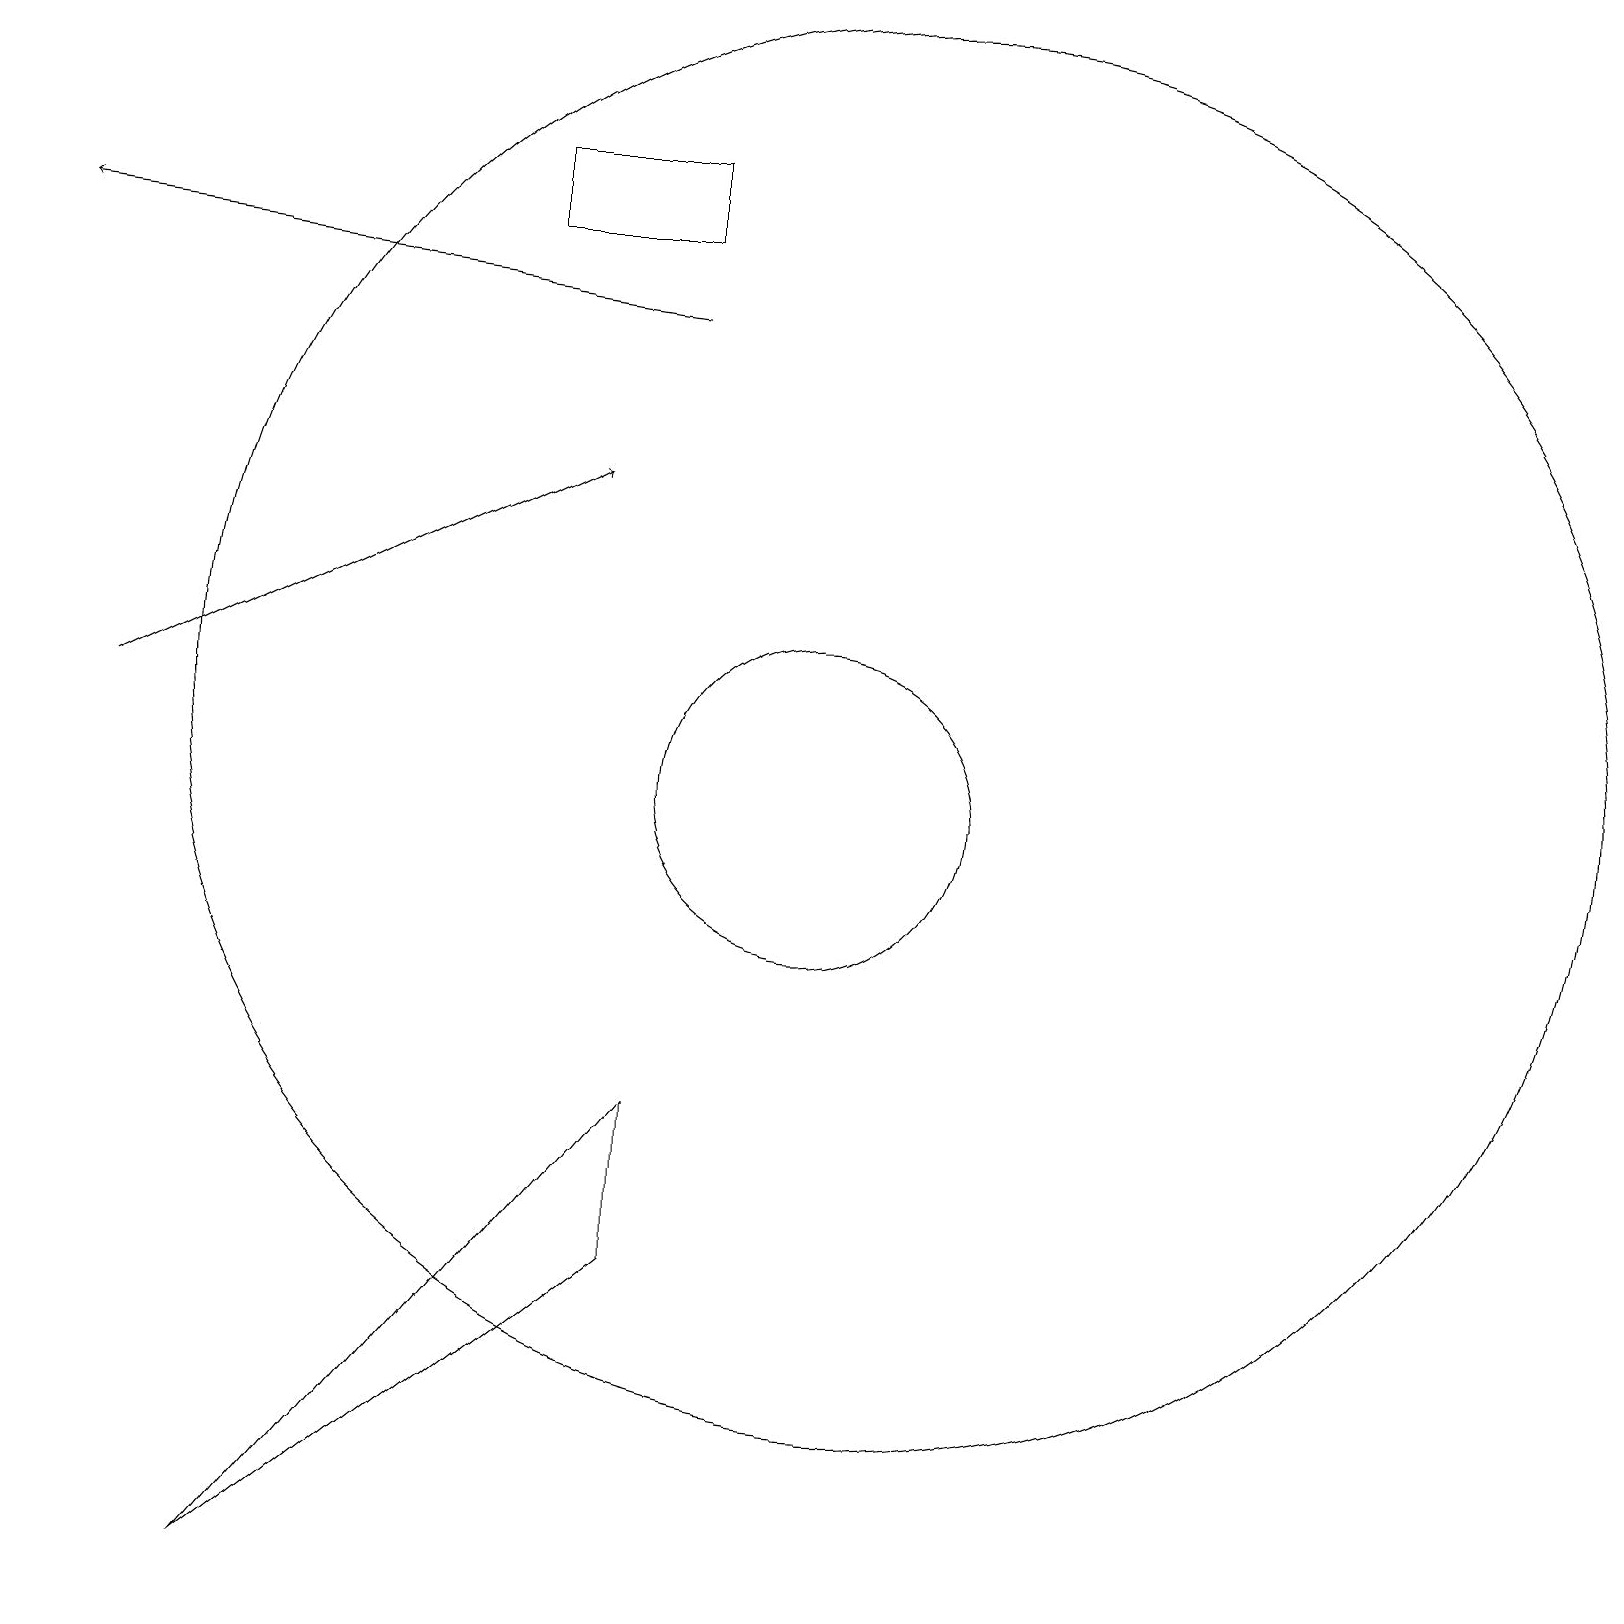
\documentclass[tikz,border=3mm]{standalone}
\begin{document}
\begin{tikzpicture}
\draw (9,4) -- (9,6) -- (4,0) -- cycle;
\draw (12,11) circle (9);
\draw[->] (9,16) -- (1,17);
\draw (11,10) circle (2);
\draw (7,17) rectangle (9,18);
\draw (10,12) circle (0);
\draw[->] (2,11) -- (8,14);
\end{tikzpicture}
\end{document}